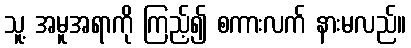
သူ့ အမူအရာကို ကြည့်၍ စကားလက် နားမလည်။